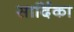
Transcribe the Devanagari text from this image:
सार्दिका